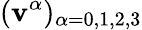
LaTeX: (\mathbf{v}^{\alpha})_{\alpha=0,1,2,3}